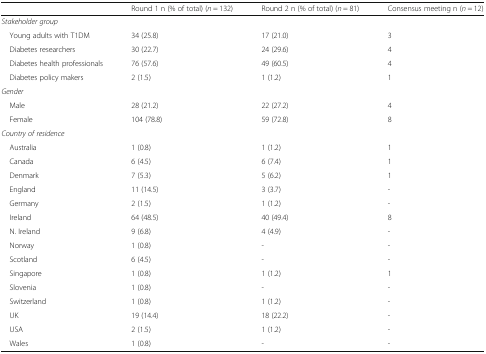
<table><thead><tr><td></td><td><b>Round 1 n (% of total) (<i>n</i> = 132)</b></td><td><b>Round 2 n (% of total) (<i>n</i> = 81)</b></td><td><b>Consensus meeting n (<i>n</i> = 12)</b></td></tr></thead><tbody><tr><td colspan="4"><i>Stakeholder group</i></td></tr><tr><td> Young adults with T1DM</td><td>34 (25.8)</td><td>17 (21.0)</td><td>3</td></tr><tr><td> Diabetes researchers</td><td>30 (22.7)</td><td>24 (29.6)</td><td>4</td></tr><tr><td> Diabetes health professionals</td><td>76 (57.6)</td><td>49 (60.5)</td><td>4</td></tr><tr><td> Diabetes policy makers</td><td>2 (1.5)</td><td>1 (1.2)</td><td>1</td></tr><tr><td colspan="4"><i>Gender</i></td></tr><tr><td> Male</td><td>28 (21.2)</td><td>22 (27.2)</td><td>4</td></tr><tr><td> Female</td><td>104 (78.8)</td><td>59 (72.8)</td><td>8</td></tr><tr><td colspan="4"><i>Country of residence</i></td></tr><tr><td> Australia</td><td>1 (0.8)</td><td>1 (1.2)</td><td>1</td></tr><tr><td> Canada</td><td>6 (4.5)</td><td>6 (7.4)</td><td>1</td></tr><tr><td> Denmark</td><td>7 (5.3)</td><td>5 (6.2)</td><td>1</td></tr><tr><td> England</td><td>11 (14.5)</td><td>3 (3.7)</td><td>-</td></tr><tr><td> Germany</td><td>2 (1.5)</td><td>1 (1.2)</td><td>-</td></tr><tr><td> Ireland</td><td>64 (48.5)</td><td>40 (49.4)</td><td>8</td></tr><tr><td> N. Ireland</td><td>9 (6.8)</td><td>4 (4.9)</td><td>-</td></tr><tr><td> Norway</td><td>1 (0.8)</td><td>-</td><td>-</td></tr><tr><td> Scotland</td><td>6 (4.5)</td><td>-</td><td>-</td></tr><tr><td> Singapore</td><td>1 (0.8)</td><td>1 (1.2)</td><td>1</td></tr><tr><td> Slovenia</td><td>1 (0.8)</td><td>-</td><td>-</td></tr><tr><td> Switzerland</td><td>1 (0.8)</td><td>1 (1.2)</td><td>-</td></tr><tr><td> UK</td><td>19 (14.4)</td><td>18 (22.2)</td><td>-</td></tr><tr><td> USA</td><td>2 (1.5)</td><td>1 (1.2)</td><td>-</td></tr><tr><td> Wales</td><td>1 (0.8)</td><td>-</td><td>-</td></tr></tbody></table>